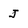
Character: J